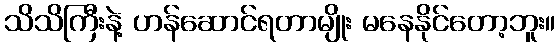
သိသိကြီးနဲ့ ဟန်ဆောင်ရတာမျိုး မနေနိုင်တော့ဘူး။